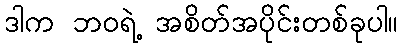
ဒါက ဘဝရဲ့ အစိတ်အပိုင်းတစ်ခုပါ။